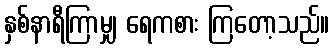
နှစ်နာရီကြာမျှ ရေကစား ကြတော့သည်။